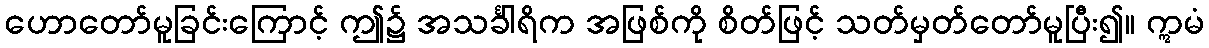
ဟောတော်မူခြင်းကြောင့် ဤ၌ အသင်္ခါရိက အဖြစ်ကို စိတ်ဖြင့် သတ်မှတ်တော်မူပြီး၍။ ဣမံ